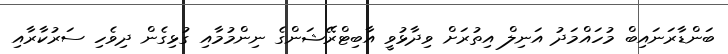
ބަންޑާރަނައިބް މުހައްމަދު އަނިލް އިތުރަށް ވިދާޅުވީ އާބިޓްރޭޝަންގެ ނިންމުމާއި ގުޅިގެން ދިވެހި ސަރުކާރާއި